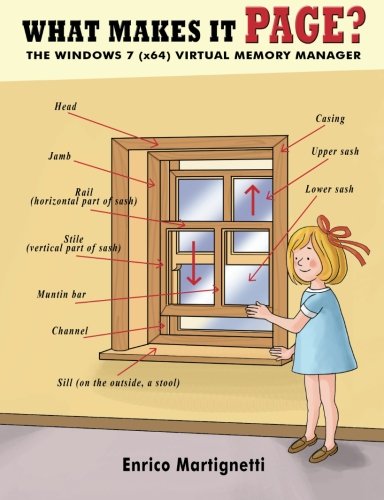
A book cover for What Makes It Page?: The Windows 7 (x64) Virtual Memory Manager; Enrico Martignetti; Computers & Technology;